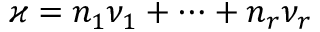
\varkappa = n _ { 1 } \nu _ { 1 } + \dots + n _ { r } \nu _ { r }